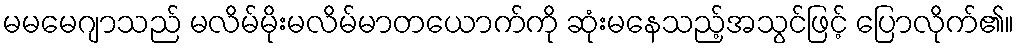
မမမေဂျာသည် မလိမ်မိုးမလိမ်မာတယောက်ကို ဆုံးမနေသည့်အသွင်ဖြင့် ပြောလိုက်၏။